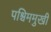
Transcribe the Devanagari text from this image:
पश्चिममुखी